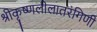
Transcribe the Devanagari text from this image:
श्रीकृष्णलीलातरंगिणी